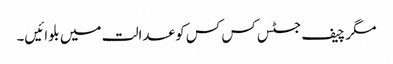
مگر چیف جسٹس کس کس کو عدالت میں بلوائیں۔